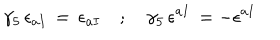
\gamma _ { 5 } \, \epsilon _ { a I } \, = \, \epsilon _ { a I } \quad ; \quad \gamma _ { 5 } \, \epsilon ^ { a I } \, = - \epsilon ^ { a I }